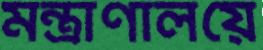
মন্ত্রাণালয়ে